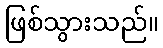
ဖြစ်သွားသည်။